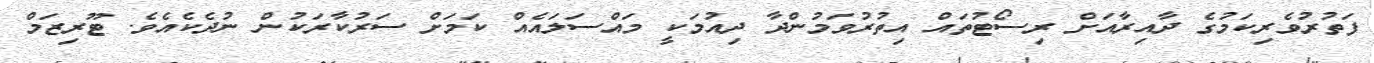
ފަތުރުވެރިކަމުގެ ދާއިރާއަށް ރިސޯޓުތައް އިތުރުވަމުންދާ ދިއުމަކީ މައްސަލައެއް ކަމަށް ސަރުކާރަކުން ނުދެކެއެވެ. ޓޫރިޒަމް